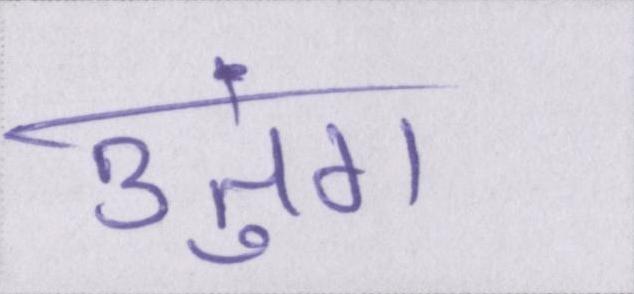
उतुंग